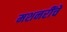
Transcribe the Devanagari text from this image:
मशनरींचे